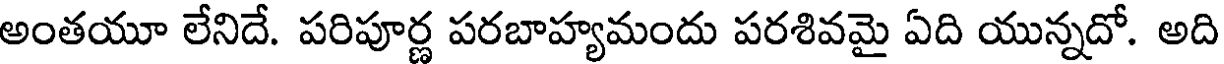
అంతయూ లేనిదే. పరిపూర్ణ పరబాహ్యమందు పరశివమై ఏది యున్నదో. అది